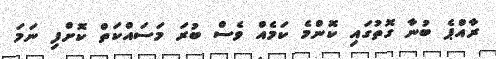
ރާއްޕެ ބުނާ ގޮތުގައި ކޮންމެ ކަމެއް ވެސް ބުރަ މަސައްކަތް ކޮށްފި ނަމަ